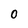
Character: 0